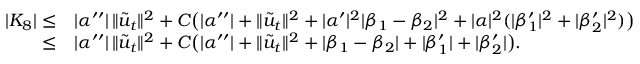
\begin{array} { r l } { | K _ { 8 } | \le } & { | \alpha ^ { \prime \prime } | \, \| \tilde { u } _ { t } \| ^ { 2 } + C \big ( | \alpha ^ { \prime \prime } | + \| \tilde { u } _ { t } \| ^ { 2 } + | \alpha ^ { \prime } | ^ { 2 } | \beta _ { 1 } - \beta _ { 2 } | ^ { 2 } + | \alpha | ^ { 2 } ( | \beta _ { 1 } ^ { \prime } | ^ { 2 } + | \beta _ { 2 } ^ { \prime } | ^ { 2 } ) \big ) } \\ { \le } & { | \alpha ^ { \prime \prime } | \, \| \tilde { u } _ { t } \| ^ { 2 } + C \big ( | \alpha ^ { \prime \prime } | + \| \tilde { u } _ { t } \| ^ { 2 } + | \beta _ { 1 } - \beta _ { 2 } | + | \beta _ { 1 } ^ { \prime } | + | \beta _ { 2 } ^ { \prime } | \big ) . } \end{array}